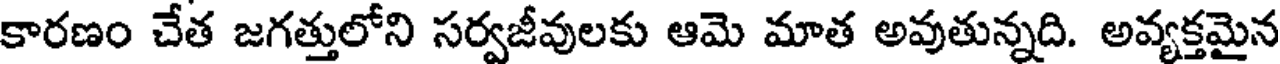
కారణం చేత జగత్తులోని సర్వజీవులకు ఆమె మాత అవుతున్నది. అవ్యక్తమైన